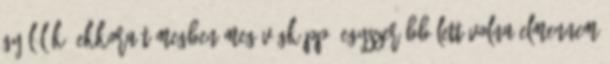
Gyűlölök. Ekkora tömegben meg végképp. Egyszerűbb lett volna elmennem